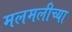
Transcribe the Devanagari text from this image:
मलमलीच्या